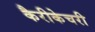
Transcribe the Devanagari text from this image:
कैरीकेचरी